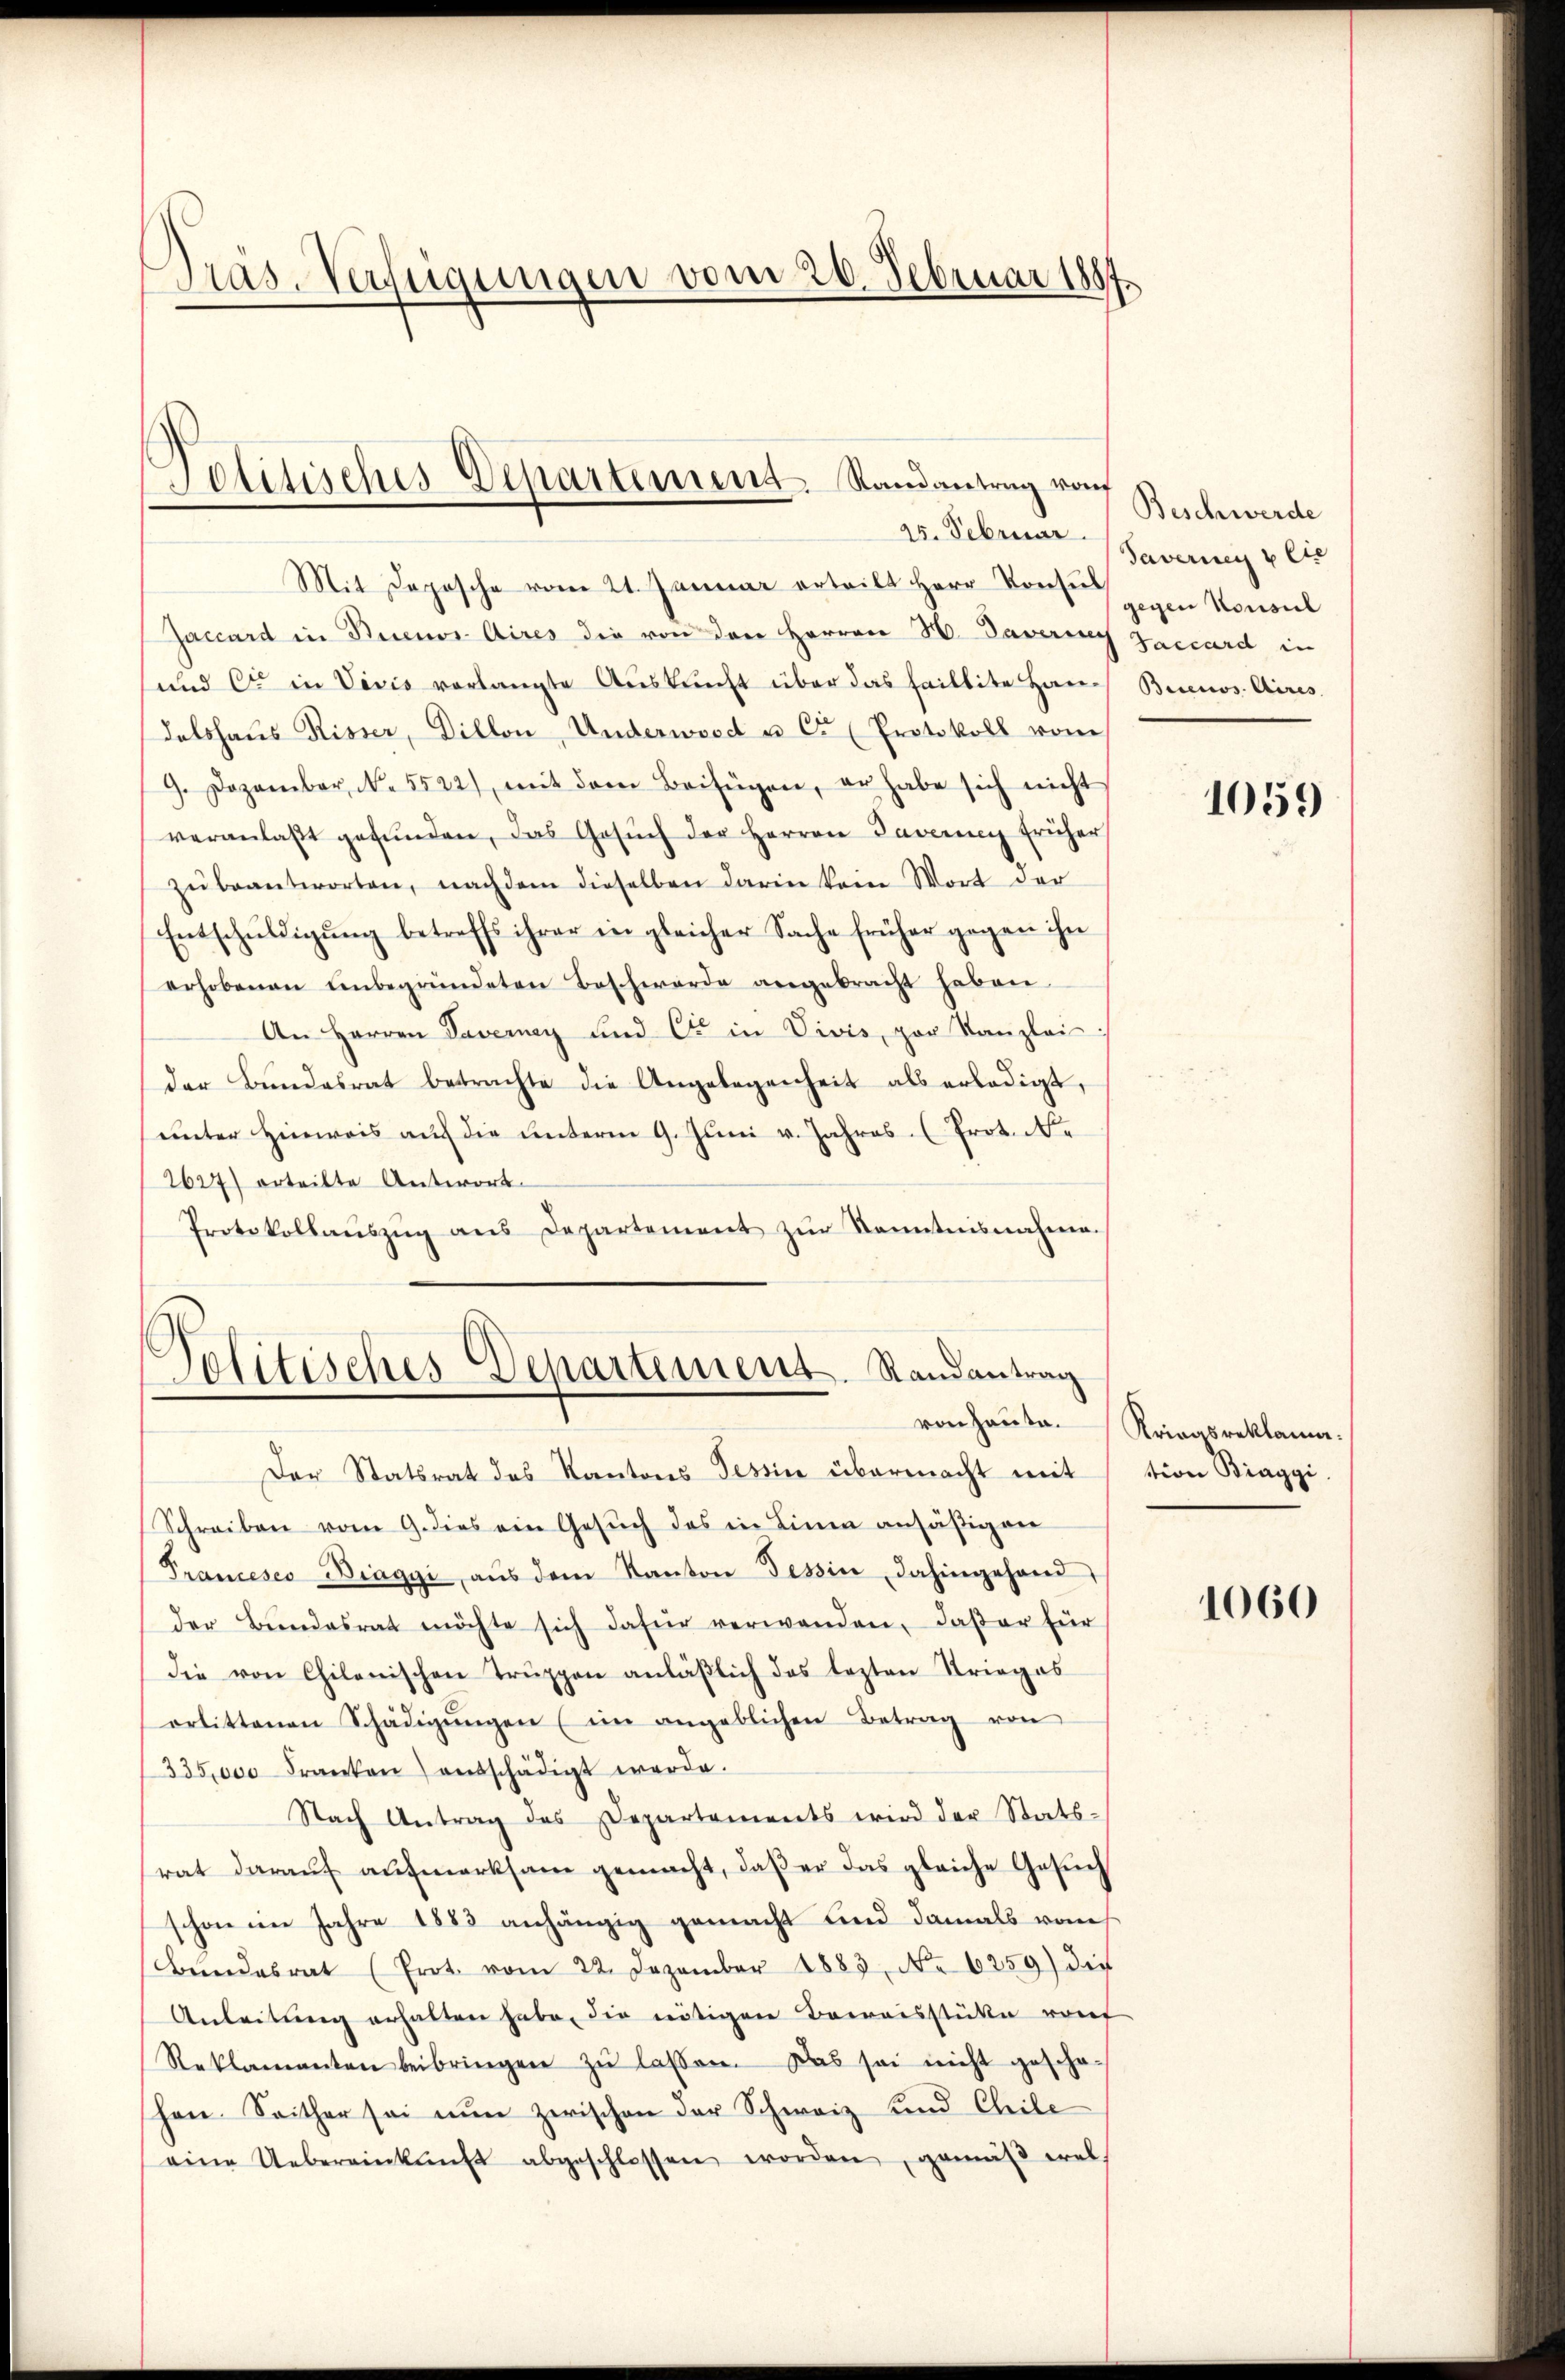
Pras. Verfügungen vom 20. Februar 1881

Politisches Departement. Randantrag von
25. Februar.

Mit Depesche vom 21. Januar erteilt Herr Konsul
Jaccard in Buenos Aires die von den Herren H. Daverne
und er in Vivis vorlangte Auskunft über das faillite Handalshaus Risser, Dillon, Anderweid u. Cr (Protokoll vom
9. Dezember, No. 5522), mit dem Beifügen, er habe sich nicht
veranlaβt gefŭnden, das Gesŭch der Herren Taverne früher
zŭ beantworten, nachdem dieselben darin kam Wort der
Entschŭldigŭng betreffs ihrer in gleicher Sache früher gegen ihn
erhobenen ŭnbegründeten Beschwerde angebracht haben.
An Herren Tavernay und Cr in Vivis, par Kanzlei:/
der Bŭndesrat betrachte die Angelegenheit als erledigt,
unter Hinweis auf die unterm 9. Juni v. Jahres Prot. d.
2627) erteilte Antwort.
Protokollaŭszŭg ans Departement zŭr Kenntnisnahme.
Der Statsrat des Kantons Tessin übermacht mit
Schreiben vom 9. dies ein Gesŭch das in Lina ansäβigen
Prancesco Diagyi aŭs dem Kanton Tessin, dahingehand
der Bŭndesrat möchte sich dafür verwenden, daβ er für
die von Chilonischen Truppen anläßlich das lezten Krieges
orbittenen Schädigŭngen (im angeblichen Betrag von
335,000 Franken) entschädigt werde.
Nach Antrag des Departements wird der Stats-
rat daraŭf aŭfmerksam gemacht, daβ er das gleiche Gesŭch
schon im Jahre 1883 anhängig gemacht und damals vom
Bŭndesrat (Prot. vom 22. Dezember 1883. No 6259) die
Anleitung erhalten habe, die nötigen Beweisstücke rauf
Reklamanten beibringen zŭ lassen. Das sei nicht gescha-
hen. Seither sei nŭn zwischen der Schweiz und Chile
eine Uebereinkunft abgeschlossen worden, gemäβ wel

.
Politisches Departement. Randantrag
von Hauta.

Beschwerde
Tavernen Elte
gegen Konsul
Taccard in
Buenos Aires.

1059

Kriaasreklama.
tion Biaggi

1060